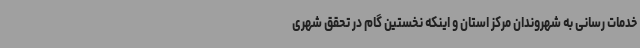
خدمات رسانی به شهروندان مرکز استان و اینکه نخستین گام در تحقق شهری